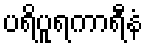
ပရိပူရကာရီနံ